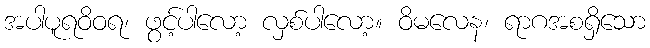
အပါပူရဝိဝရ၊ ဖွင့်ပါလော့ လှစ်ပါလော့။ ဝိမလေန၊ ရာဂအစရှိသော